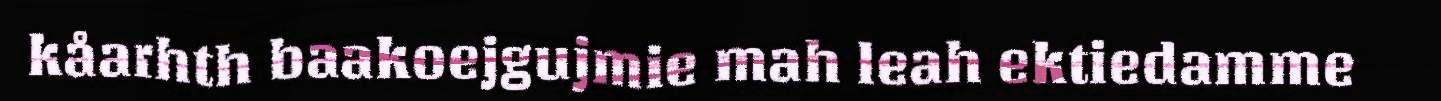
kåarhth baakoejgujmie mah leah ektiedamme